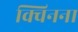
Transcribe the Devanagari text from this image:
क्विनना